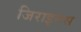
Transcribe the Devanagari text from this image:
जिराइनस